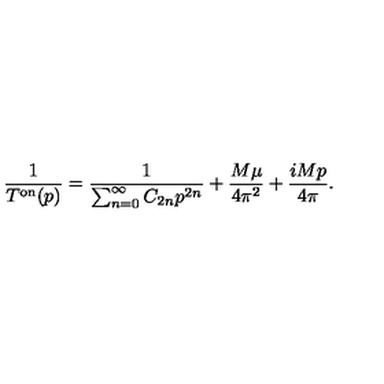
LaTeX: \frac { 1 } { T ^ { \mathrm { { o n } } } ( p ) } = \frac { 1 } { \sum _ { n = 0 } ^ { \infty } C _ { 2 n } p ^ { 2 n } } + \frac { M \mu } { 4 \pi ^ { 2 } } + \frac { i M p } { 4 \pi } .